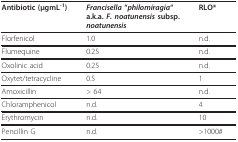
<table><thead><tr><td><b>Antibiotic (μgmL<sup>-1</sup>)</b></td><td><b><i>Francisella </i>&quot;<i>philomiragia</i>&quot; a.k.a. <i>F. noatunensis </i>subsp.<i>noatunensis</i></b></td><td><b>RLO*</b></td></tr></thead><tbody><tr><td>Florfenicol</td><td>1.0</td><td>n.d.</td></tr><tr><td>Flumequine</td><td>0.25</td><td>n.d.</td></tr><tr><td>Oxolinic acid</td><td>0.25</td><td>n.d.</td></tr><tr><td>Oxytet/tetracycline</td><td>0.5</td><td>1</td></tr><tr><td>Amoxicillin</td><td>&gt; 64</td><td>n.d.</td></tr><tr><td>Chloramphenicol</td><td>n.d.</td><td>4</td></tr><tr><td>Erythromycin</td><td>n.d.</td><td>10</td></tr><tr><td>Pencillin G</td><td>n.d.</td><td>&gt; 1000#</td></tr></tbody></table>